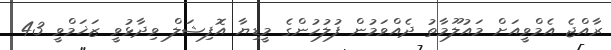
ރާއްޖެ އެމްވީއަށް މައުލޫމާތު ދެއްވަމުން ފުލުހުންގެ މީޑިޔާ އޮފިޝަލް ވިދާޅުވީ ޒަޚަމްވީ 43